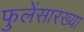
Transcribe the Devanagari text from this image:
फुलेंसारख्या